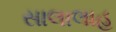
સાલાલાહ